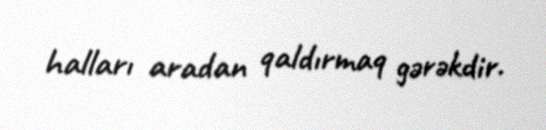
halları aradan qaldırmaq gərəkdir.